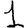
Digit: 1